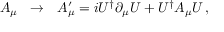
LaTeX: A _ { \mu } \ \ \rightarrow \ \ A _ { \mu } ^ { \prime } = i U ^ { \dagger } \partial _ { \mu } U + U ^ { \dagger } A _ { \mu } U \, ,